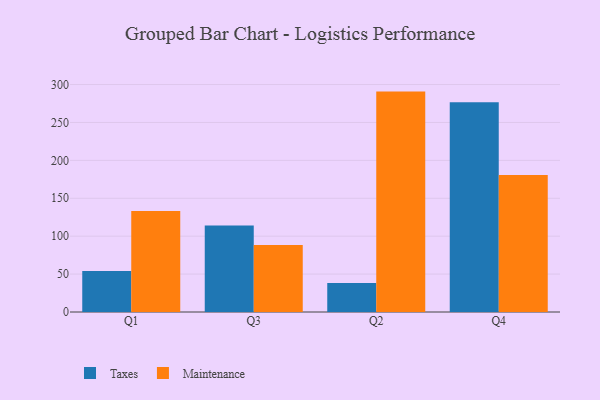
{"axis": {"x": "Quarter", "y": "Net Income (USD K)"}, "legend": ["Maintenance", "Taxes"], "data": [{"x": "Q1", "y": 54.1, "type": "Taxes"}, {"x": "Q1", "y": 133.1, "type": "Maintenance"}, {"x": "Q3", "y": 114.0, "type": "Taxes"}, {"x": "Q3", "y": 88.3, "type": "Maintenance"}, {"x": "Q2", "y": 38.1, "type": "Taxes"}, {"x": "Q2", "y": 290.7, "type": "Maintenance"}, {"x": "Q4", "y": 276.5, "type": "Taxes"}, {"x": "Q4", "y": 180.7, "type": "Maintenance"}]}